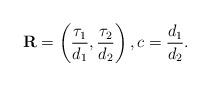
LaTeX: \begin{align*}\mathbf{R}=\left(\frac{\tau_1}{d_1},\frac{\tau_2}{d_2}\right),c=\frac{d_1}{d_2}.\end{align*}